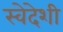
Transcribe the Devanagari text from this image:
स्वेदेशी